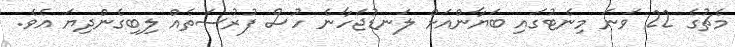
މެޗުގެ 22 ވަނަ މިނެޓުގައި ބަޔާންއަށް ލަނޑުޖަހާނެ ހުސް ފުރުސަތެއް ލިބިގެންދިޔަ އެވެ.